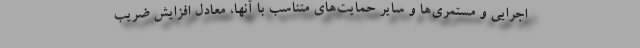
اجرایی و مستمری‌ها و سایر حمایت‌های متناسب با آنها، معادل افزایش ضریب